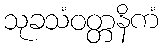
သုခသံဝတ္တနိကံ